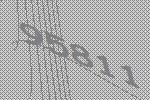
95811